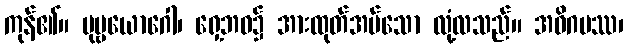
ကုန်၏။ ပုဗ္ဗယောဂေါ၊ ရှေ့ဘဝ၌ အားထုတ်အပ်သော လုံ့လသည်။ အဓိဂမဿ၊